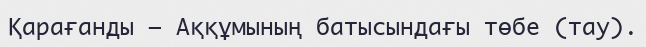
Қарағанды – Аққұмының батысындағы төбе (тау).